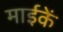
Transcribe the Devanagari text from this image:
माईकें